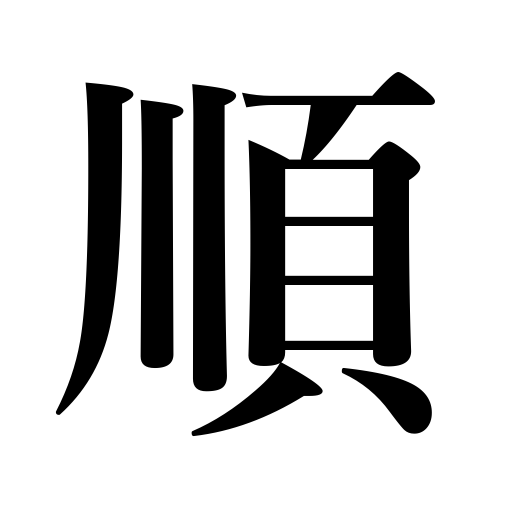
Meanings: docility,turn,occasion,order,obedience,right